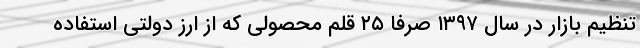
تنظیم بازار در سال ۱۳۹۷ صرفا ۲۵ قلم محصولی که از ارز دولتی استفاده